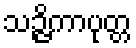
သဉ္ဇိကာပုတ္တ